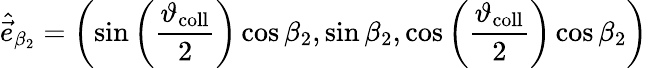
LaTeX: \hat{\vec{e}}_{\beta_{2}}=\left(\sin\left(\frac{\vartheta_{\mathrm{coll}}}{2}\right)\cos\beta_{2},\sin\beta_{2},\cos\left(\frac{\vartheta_{\mathrm{coll}}}{2}\right)\cos\beta_{2}\right)